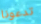
تدعونا